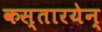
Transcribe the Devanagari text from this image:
कस्तारयेन्